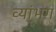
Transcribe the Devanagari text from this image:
व्यांभग